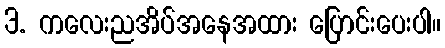
3. ကလေးညအိပ်အနေအထား ပြောင်းပေးပါ။